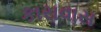
કારાવાસ